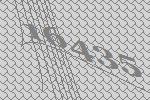
16435